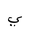
Letter: _ya